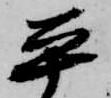
平